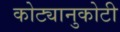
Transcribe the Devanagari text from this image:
कोट्यानुकोटी